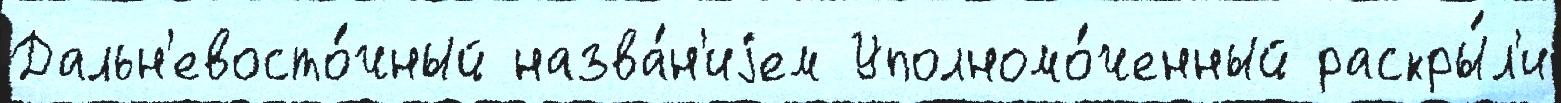
Дальн'евосто́чный назва́н'иjем Уполномо́ченный раскры́л'и